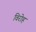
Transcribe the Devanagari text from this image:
विरोह